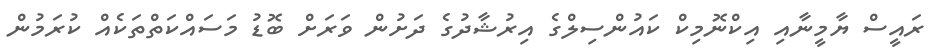
ރައީސް ޔާމީނާއި އިކްނޮމިކް ކައުންސިލްގެ އިރުޝާދުގެ ދަށުން ވަރަށް ބޮޑު މަސައްކަތްތަކެއް ކުރަމުން